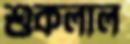
শুকলাল